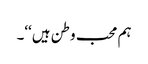
ہم محب وطن ہیں‘‘۔